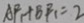
A F _ { 1 } + B F _ { 1 } = 2